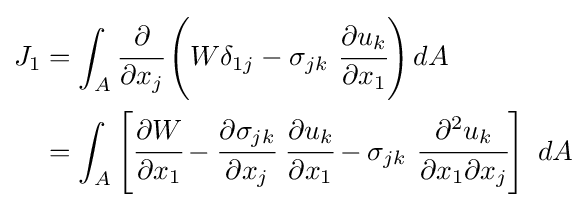
{\begin{aligned}J_{1}&=\int _{A}{\cfrac {\partial }{\partial x_{j}}}\left(W\delta _{1j}-\sigma _{jk}~{\cfrac {\partial u_{k}}{\partial x_{1}}}\right)dA\\&=\int _{A}\left[{\cfrac {\partial W}{\partial x_{1}}}-{\cfrac {\partial \sigma _{jk}}{\partial x_{j}}}~{\cfrac {\partial u_{k}}{\partial x_{1}}}-\sigma _{jk}~{\cfrac {\partial ^{2}u_{k}}{\partial x_{1}\partial x_{j}}}\right]~dA\end{aligned}}